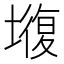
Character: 𡐣